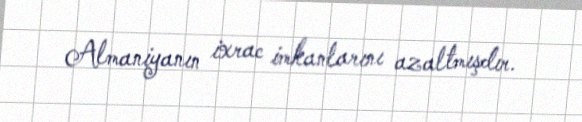
Almaniyanın ixrac imkanlarını azaltmışdır.